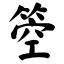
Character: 箜